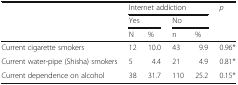
|  | <COLSPAN=4> Internet addiction | p |
 |  | <COLSPAN=2> Yes | <COLSPAN=2> No |  |
 |  | N | % | n | % |  |
 | --- | --- | --- | --- | --- | --- |
 | Current cigarette smokers | 12 | 10.0 | 43 | 9.9 | 0.96* |
 | Current water-pipe (Shisha) smokers | 5 | 4.4 | 21 | 4.9 | 0.81* |
 | Current dependence on alcohol | 38 | 31.7 | 110 | 25.2 | 0.15* |